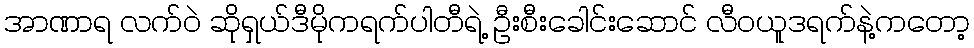
အာဏာရ လက်ဝဲ ဆိုရှယ်ဒီမိုကရက်ပါတီရဲ့ ဦးစီးခေါင်းဆောင် လီဝယူဒရက်နဲ့ကတော့